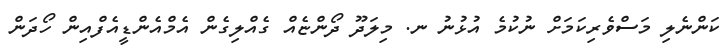
ކަންނެލި މަސްވެރިކަމަށް ނުކުމެ އުޅުނު ނ. މިލަދޫ ދޯންޏެއް ގެއްލިގެން އެމްއެންޑީއެފްއިން ހޯދަން